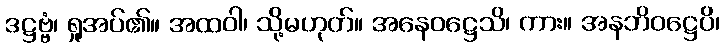
ဒဋ္ဌဗ္ဗံ၊ ရှုအပ်၏။ အထဝါ၊ သို့မဟုတ်။ အနေဝဋ္ဌေသိ၊ ကား။ အနဘိဝဋ္ဌေပိ၊